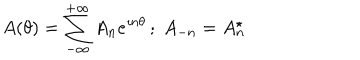
A ( \theta ) = \sum _ { - \infty } ^ { + \infty } A _ { n } e ^ { \imath n \theta } \, ; \; A _ { - n } = A _ { n } ^ { \star }